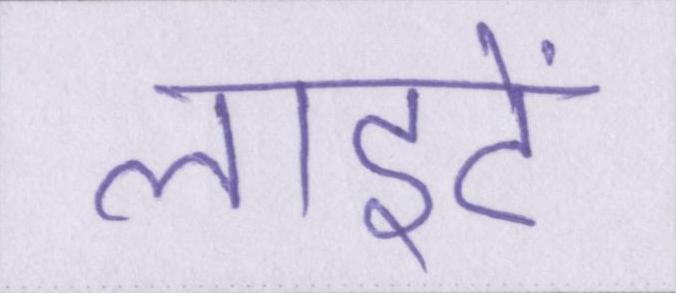
लाइटें